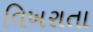
વિખરાતા